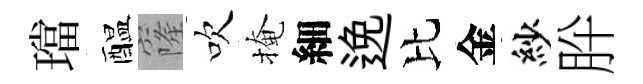
璫醖窿吹掩細𨓜比金紗肸